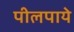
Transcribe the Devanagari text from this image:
पीलपाये